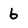
Character: 6